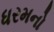
ધરમનો